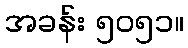
အခန်း ၅၀၅၁။